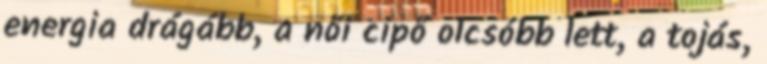
energia drágább, a női cipő olcsóbb lett, a tojás,